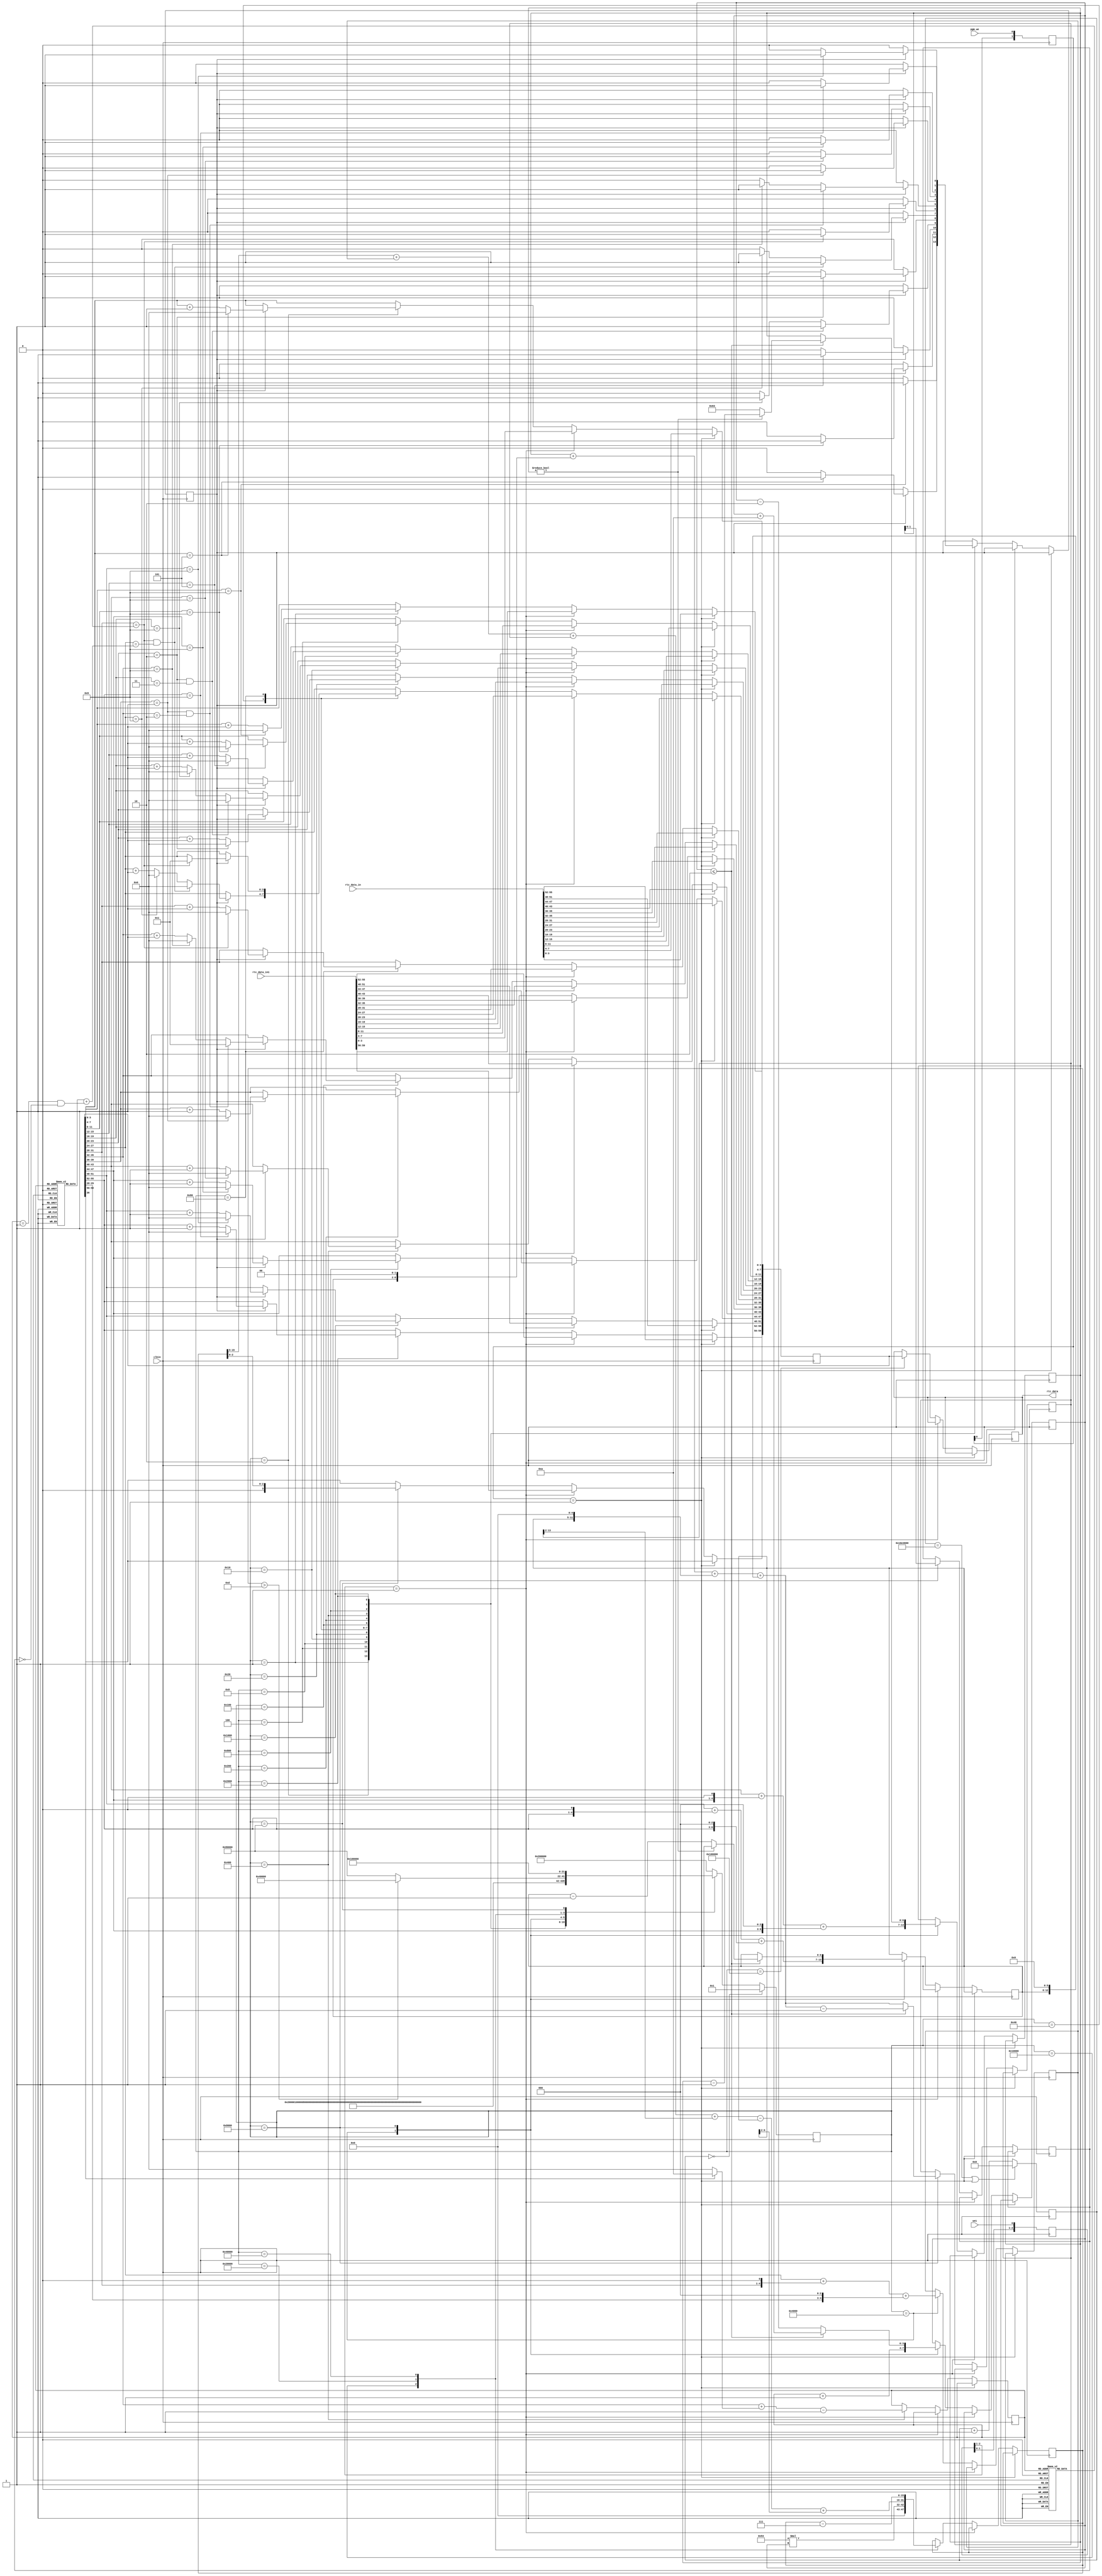
`timescale 1ns / 1ps
//////////////////////////////////////////////////////////////////////////////////
// Company:
// Engineer:
//
// Design Name:
// Module Name:    rtc_srtc
// Project Name:
// Target Devices:
// Tool versions:
// Description:
//
// Dependencies:
//
// Revision:
// Revision 0.01 - File Created
// Additional Comments:
//
//////////////////////////////////////////////////////////////////////////////////
module rtc (
  input clkin,
  input pgm_we,
  input [55:0] rtc_data_in,
  input we1,
  input [59:0] rtc_data_in1,
  output [59:0] rtc_data
);

reg [59:0] rtc_data_r;
reg [59:0] rtc_data_out_r;

reg [1:0] pgm_we_sreg;
always @(posedge clkin) pgm_we_sreg <= {pgm_we_sreg[0], pgm_we};
wire pgm_we_rising = (pgm_we_sreg[1:0] == 2'b01);

reg [2:0] we1_sreg;
always @(posedge clkin) we1_sreg <= {we1_sreg[1:0], we1};
wire we1_rising = (we1_sreg[2:1] == 2'b01);

reg [31:0] tick_cnt;

always @(posedge clkin) begin
  tick_cnt <= tick_cnt + 1;
  if((tick_cnt == 24000000) || pgm_we_rising) tick_cnt <= 0;
end

assign rtc_data = rtc_data_out_r;

reg [21:0] rtc_state;
reg carry;

reg [3:0] dom1[11:0];
reg [3:0] dom10[11:0];
reg [3:0] month;
reg [1:0] year;

reg [4:0] dow_day;
reg [3:0] dow_month;
reg [13:0] dow_year;
reg [6:0] dow_year1;
reg [6:0] dow_year100;
reg [15:0] dow_tmp;

parameter [21:0]
  STATE_SEC1     = 22'b0000000000000000000001,
  STATE_SEC10    = 22'b0000000000000000000010,
  STATE_MIN1     = 22'b0000000000000000000100,
  STATE_MIN10    = 22'b0000000000000000001000,
  STATE_HOUR1    = 22'b0000000000000000010000,
  STATE_HOUR10   = 22'b0000000000000000100000,
  STATE_DAY1     = 22'b0000000000000001000000,
  STATE_DAY10    = 22'b0000000000000010000000,
  STATE_MON1     = 22'b0000000000000100000000,
  STATE_MON10    = 22'b0000000000001000000000,
  STATE_YEAR1    = 22'b0000000000010000000000,
  STATE_YEAR10   = 22'b0000000000100000000000,
  STATE_YEAR100  = 22'b0000000001000000000000,
  STATE_YEAR1000 = 22'b0000000010000000000000,
  STATE_DOW0     = 22'b0000000100000000000000,
  STATE_DOW1     = 22'b0000001000000000000000,
  STATE_DOW2     = 22'b0000010000000000000000,
  STATE_DOW3     = 22'b0000100000000000000000,
  STATE_DOW4     = 22'b0001000000000000000000,
  STATE_DOW5     = 22'b0010000000000000000000,
  STATE_LATCH    = 22'b0100000000000000000000,
  STATE_IDLE     = 22'b1000000000000000000000;

initial begin
  rtc_state = STATE_IDLE;
  dom1[0] = 1; dom10[0] = 3;
  dom1[1] = 8; dom10[1] = 2;
  dom1[2] = 1; dom10[2] = 3;
  dom1[3] = 0; dom10[3] = 3;
  dom1[4] = 1; dom10[4] = 3;
  dom1[5] = 0; dom10[5] = 3;
  dom1[6] = 1; dom10[6] = 3;
  dom1[7] = 1; dom10[7] = 3;
  dom1[8] = 0; dom10[8] = 3;
  dom1[9] = 1; dom10[9] = 3;
  dom1[10] = 0; dom10[10] = 3;
  dom1[11] = 1; dom10[11] = 3;
  month = 0;
  rtc_data_r = 60'h220110301000000;
  tick_cnt = 0;
end

wire is_leapyear_feb = (month == 1) && (year[1:0] == 2'b00);

always @(posedge clkin) begin
  if(!tick_cnt) begin
    rtc_state <= STATE_SEC1;
  end else begin
    case (rtc_state)
      STATE_SEC1:
        rtc_state <= STATE_SEC10;
      STATE_SEC10:
        rtc_state <= STATE_MIN1;
      STATE_MIN1:
        rtc_state <= STATE_MIN10;
      STATE_MIN10:
        rtc_state <= STATE_HOUR1;
      STATE_HOUR1:
        rtc_state <= STATE_HOUR10;
      STATE_HOUR10:
        rtc_state <= STATE_DAY1;
      STATE_DAY1:
        rtc_state <= STATE_DAY10;
      STATE_DAY10:
        rtc_state <= STATE_MON1;
      STATE_MON1:
        rtc_state <= STATE_MON10;
      STATE_MON10:
        rtc_state <= STATE_YEAR1;
      STATE_YEAR1:
        rtc_state <= STATE_YEAR10;
      STATE_YEAR10:
        rtc_state <= STATE_YEAR100;
      STATE_YEAR100:
        rtc_state <= STATE_YEAR1000;
      STATE_YEAR1000:
        rtc_state <= STATE_DOW0;
      STATE_DOW0:
        rtc_state <= STATE_DOW1;
      STATE_DOW1:
        rtc_state <= STATE_DOW2;
      STATE_DOW2:
        rtc_state <= STATE_DOW3;
      STATE_DOW3:
        rtc_state <= STATE_DOW4;
      STATE_DOW4:
        if(dow_tmp > 13)
          rtc_state <= STATE_DOW4;
        else
          rtc_state <= STATE_DOW5;
      STATE_DOW5:
        rtc_state <= STATE_LATCH;
      STATE_LATCH:
        rtc_state <= STATE_IDLE;
      default:
        rtc_state <= STATE_IDLE;
    endcase
  end
end

always @(posedge clkin) begin
  if(pgm_we_rising) begin
    rtc_data_r[55:0] <= rtc_data_in;
  end else if (we1_rising) begin
    rtc_data_r <= rtc_data_in1;
  end else begin
    case(rtc_state)
      STATE_SEC1: begin
        if(rtc_data_r[3:0] == 9) begin
          rtc_data_r[3:0] <= 0;
          carry <= 1;
        end else begin
          rtc_data_r[3:0] <= rtc_data_r[3:0] + 1;
          carry <= 0;
        end
      end
      STATE_SEC10: begin
        if(carry) begin
          if(rtc_data_r[7:4] == 5) begin
            rtc_data_r[7:4] <= 0;
            carry <= 1;
          end else begin
            rtc_data_r[7:4] <= rtc_data_r[7:4] + 1;
            carry <= 0;
          end
        end
      end
      STATE_MIN1: begin
        if(carry) begin
          if(rtc_data_r[11:8] == 9) begin
            rtc_data_r[11:8] <= 0;
            carry <= 1;
          end else begin
            rtc_data_r[11:8] <= rtc_data_r[11:8] + 1;
            carry <= 0;
          end
        end
      end
      STATE_MIN10: begin
        if(carry) begin
          if(rtc_data_r[15:12] == 5) begin
            rtc_data_r[15:12] <= 0;
            carry <= 1;
          end else begin
            rtc_data_r[15:12] <= rtc_data_r[15:12] + 1;
            carry <= 0;
          end
        end
      end
      STATE_HOUR1: begin
        if(carry) begin
          if(rtc_data_r[23:20] == 2 && rtc_data_r[19:16] == 3) begin
            rtc_data_r[19:16] <= 0;
            carry <= 1;
          end else if (rtc_data_r[19:16] == 9) begin
            rtc_data_r[19:16] <= 0;
            carry <= 1;
         end else begin
            rtc_data_r[19:16] <= rtc_data_r[19:16] + 1;
            carry <= 0;
          end
        end
      end
      STATE_HOUR10: begin
        if(carry) begin
          if(rtc_data_r[23:20] == 2) begin
            rtc_data_r[23:20] <= 0;
            carry <= 1;
          end else begin
            rtc_data_r[23:20] <= rtc_data_r[23:20] + 1;
            carry <= 0;
          end
        end
      end
      STATE_DAY1: begin
        if(carry) begin
          if(rtc_data_r[31:28] == dom10[month]
             && rtc_data_r[27:24] == dom1[month] + is_leapyear_feb) begin
            rtc_data_r[27:24] <= 0;
            carry <= 1;
          end else if (rtc_data_r[27:24] == 9) begin
            rtc_data_r[27:24] <= 0;
            carry <= 1;
          end else begin
            rtc_data_r[27:24] <= rtc_data_r[27:24] + 1;
            carry <= 0;
          end
        end
      end
      STATE_DAY10: begin
        if(carry) begin
          if(rtc_data_r[31:28] == dom10[month]) begin
            rtc_data_r[31:28] <= 0;
            rtc_data_r[27:24] <= 1;
            carry <= 1;
          end else begin
            rtc_data_r[31:28] <= rtc_data_r[31:28] + 1;
            carry <= 0;
          end
        end
      end
      STATE_MON1: begin
        if(carry) begin
          if(rtc_data_r[39:36] == 1 && rtc_data_r[35:32] == 2) begin
            rtc_data_r[35:32] <= 1;
            carry <= 1;
          end else if (rtc_data_r[35:32] == 9) begin
            rtc_data_r[35:32] <= 0;
            carry <= 1;
          end else begin
            rtc_data_r[35:32] <= rtc_data_r[35:32] + 1;
            carry <= 0;
          end
        end
      end
      STATE_MON10: begin
        if(carry) begin
          if(rtc_data_r[39:36] == 1) begin
            rtc_data_r[39:36] <= 0;
            carry <= 1;
          end else begin
            rtc_data_r[39:36] <= rtc_data_r[39:36] + 1;
            carry <= 0;
          end
        end
      end
      STATE_YEAR1: begin
        month <= rtc_data_r[35:32] + (rtc_data_r[36] ? 10 : 0) - 1;
        if(carry) begin
          if(rtc_data_r[43:40] == 9) begin
            rtc_data_r[43:40] <= 0;
            carry <= 1;
          end else begin
            rtc_data_r[43:40] <= rtc_data_r[43:40] + 1;
            carry <= 0;
          end
        end
      end
      STATE_YEAR10: begin
        if(carry) begin
          if(rtc_data_r[47:44] == 9) begin
            rtc_data_r[47:44] <= 0;
            carry <= 1;
          end else begin
            rtc_data_r[47:44] <= rtc_data_r[47:44] + 1;
            carry <= 0;
          end
        end
      end
      STATE_YEAR100: begin
        if(carry) begin
          if(rtc_data_r[51:48] == 9) begin
            rtc_data_r[51:48] <= 0;
            carry <= 1;
          end else begin
            rtc_data_r[51:48] <= rtc_data_r[51:48] + 1;
            carry <= 0;
          end
        end
      end
      STATE_YEAR1000: begin
        if(carry) begin
          if(rtc_data_r[55:52] == 9) begin
            rtc_data_r[55:52] <= 0;
            carry <= 1;
          end else begin
            rtc_data_r[55:52] <= rtc_data_r[55:52] + 1;
            carry <= 0;
          end
        end
      end
      STATE_DOW0: begin
        dow_year1 <= rtc_data_r[43:40]
                     +(rtc_data_r[47:44] << 1) + (rtc_data_r[47:44] << 3);

        dow_year100 <= rtc_data_r[51:48]
                       +(rtc_data_r[55:52] << 1) + (rtc_data_r[55:52] << 3);

        dow_month <= month + 1;
        dow_day <= rtc_data_r[27:24]
                   + (rtc_data_r[31:28] << 1)
                   + (rtc_data_r[31:28] << 3);
      end
      STATE_DOW1: begin
        year <= dow_year1[1:0];
        if(dow_month <= 2) begin
          dow_month <= dow_month + 10;
          dow_year <= dow_year1
                      + (dow_year100 << 2)
                      + (dow_year100 << 5)
                      + (dow_year100 << 6) - 1;
          if(dow_year1)
            dow_year1 <= dow_year1 - 1;
          else begin
            dow_year1 <= 99;
            dow_year100 <= dow_year100 - 1;
          end
        end else begin
          dow_month <= dow_month - 2;
          dow_year <= dow_year1 + (dow_year100 << 2) + (dow_year100 << 5) + (dow_year100 << 6);
        end
      end
      STATE_DOW2: begin
        dow_tmp <= (83 * dow_month);
      end
      STATE_DOW3: begin
        dow_tmp <= (dow_tmp >> 5)
                   + dow_day
                   + dow_year
                   + (dow_year >> 2)
                   - (dow_year100)
                   + (dow_year100 >> 2);
      end
      STATE_DOW4: begin
        dow_tmp <= dow_tmp - 7;
      end
      STATE_DOW5: begin
        rtc_data_r[59:56] <= {1'b0, dow_tmp[2:0]};
      end
      STATE_LATCH: begin
        rtc_data_out_r <= rtc_data_r;
      end
    endcase
  end
end

endmodule